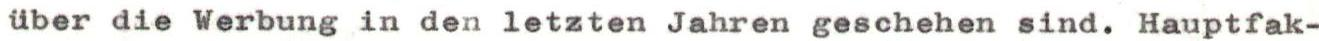
über die Werbung in den letzten Jahren geschehen sind. Hauptfak-